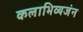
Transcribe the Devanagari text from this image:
कलाभिव्यजंन